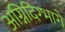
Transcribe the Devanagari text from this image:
अग्निदिग्भागे